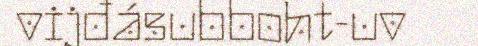
vijđásubboht-uv